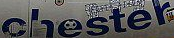
chester